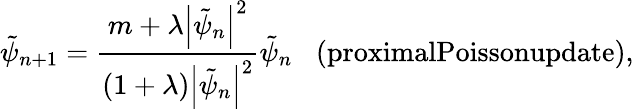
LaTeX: \tilde{\psi}_{n+1}=\frac{m+\lambda\left|\tilde{\psi}_{n}\right|^{2}}{\left(1+\lambda\right)\left|\tilde{\psi}_{n}\right|^{2}}\tilde{\psi}_{n}\; \; \; \textrm{(proximalPoissonupdate)},